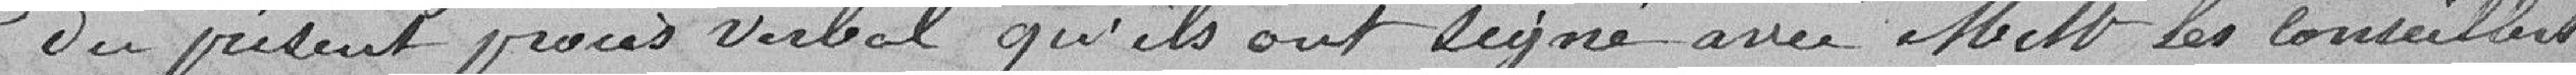
du présent procès-verbal qu'ils ont signé avec Messieurs les Conseillers